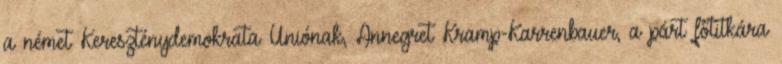
a német Kereszténydemokrata Uniónak, Annegret Kramp-Karrenbauer, a párt főtitkára